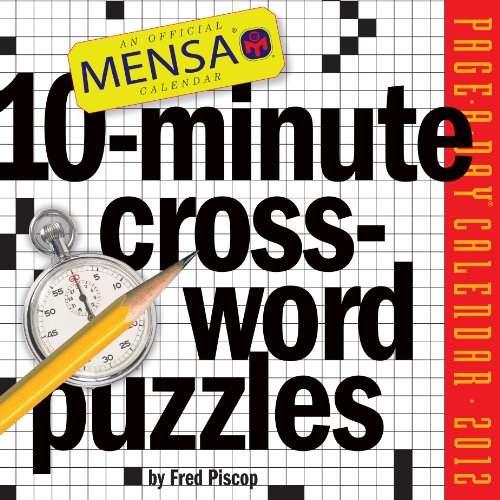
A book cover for Mensa 10-Minute Crossword Puzzles 2012 Calendar; Fred Piscop; Calendars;